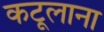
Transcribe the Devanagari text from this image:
कटूलाना